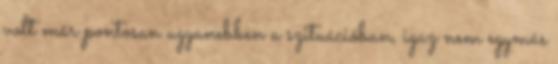
volt már pontosan ugyanebben a szituációban, igaz nem egymás